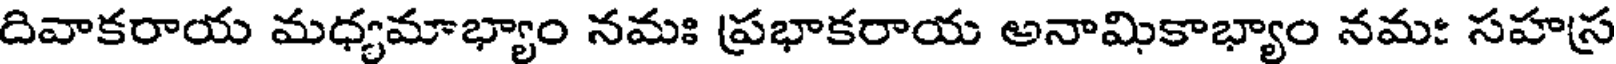
దివాకరాయ మధ్యమాభ్యాం నమః ప్రభాకరాయ అనామికాభ్యాం నమః సహస్ర